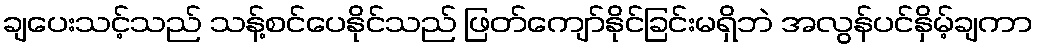
ချပေးသင့်သည် သန့်စင်ပေနိုင်သည် ဖြတ်ကျော်နိုင်ခြင်းမရှိဘဲ အလွန်ပင်နှိမ့်ချကာ